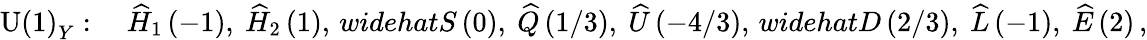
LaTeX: \mathrm{U(1)}_{Y}:\quad\widehat{H}_{1}\, (-1),\ \widehat{H}_{2}\, (1),\, widehat{S}\, (0),\ \widehat{Q}\, (1/3),\ \widehat{U}\, (-4/3),\, widehat{D}\, (2/3),\ \widehat{L}\, (-1),\ \widehat{E}\, (2)\, ,